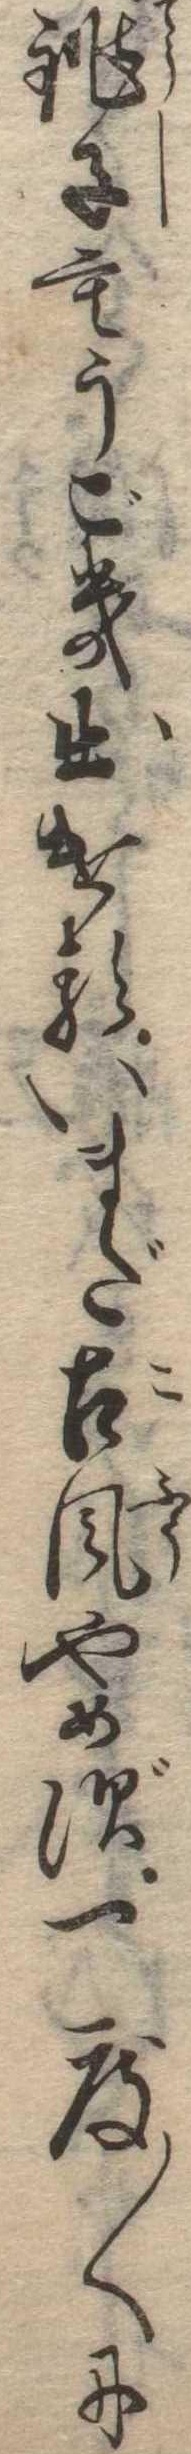
銚子もうごき出けるいまだ古風やめず一度〱に